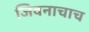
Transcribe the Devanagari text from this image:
जिवनाचाच